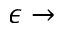
\epsilon \rightarrow